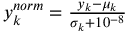
\begin{array} { r } { y _ { k } ^ { n o r m } = \frac { y _ { k } - \mu _ { k } } { \sigma _ { k } + 1 0 ^ { - 8 } } } \end{array}